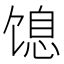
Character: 𬳋